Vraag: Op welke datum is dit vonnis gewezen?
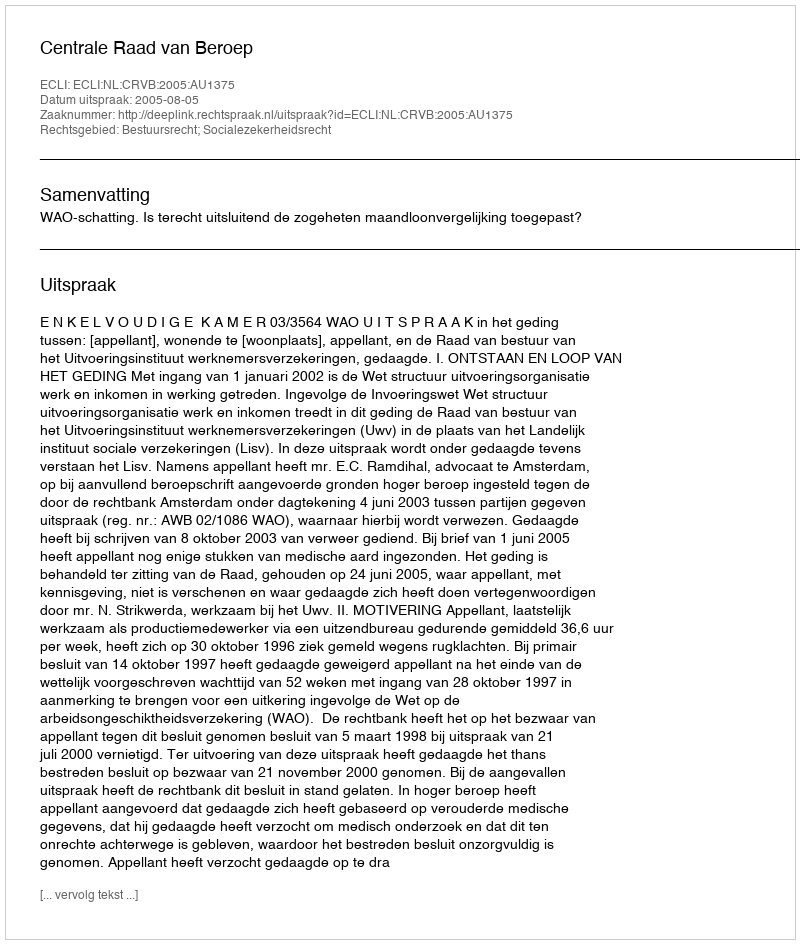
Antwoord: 2005-08-05